Papers set at the Examination for Leaving Certificates, 1891
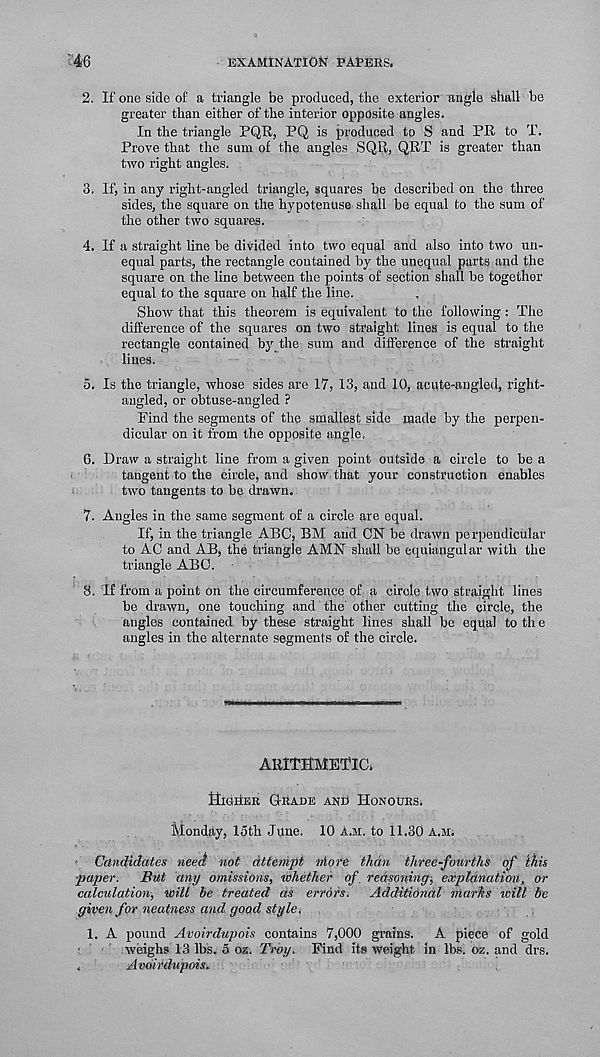
46
EXAMINATION PAPERS.
2. If one side of a triangle be produced, the exterior angle shall be
greater than either of the interior opposite angles.
In the triangle PQR, PQ is produced to S and PR to T.
Prove that the sum of the angles SQR, QRT is greater than
two right angles.
3. If, in any right-angled triangle, squares be described on the three
sides, the square on the hypotenuse shall be equal to the sum of
the other two squares.
4. If a straight line be divided into two equal and also into two un-
equal parts, the rectangle contained by the unequal parts and the
square on the line between the points of section shall be together
equal to the square on half the line.
Show that this theorem is equivalent to the following: The
difference of the squares on two straight lines is equal to the
rectangle contained by the sum and difference of the straight
lines.
5. Is the triangle, whose sides are 17, 13, and 10, acute-angled, right-
angled, or obtuse-angled ?
Find the segments of the smallest side made by the perpen-
dicular on it from the opposite angle.
6. Draw a straight line from a given point outside a circle to be a
tangent to the circle, and show that your construction enables
two tangents to be drawn.
7. Angles in the same segment of a circle are equal.
If, in the triangle ABC, BM and CN be drawn perpendicular
to AC and AB, the triangle AMN shall be equiangular with the
triangle ABC.
8. If from a point on the circumference of a circle two straight lines
be drawn, one touching and the other cutting the circle, the
angles contained by these straight lines shall be equal to th e
angles in the alternate segments of the circle.
ARITHMETIC.
HigiIer Grade and Honours.
Monday, 15th June. 10 a.m. to 11.30 a.m.
Candidates need not attempt niore than three-fourths of this
paper. But any omissions, ivhether of reasoning-, explanation, or
calculation, will be treated as errors. Additional marks icill be
given for neatness and good style.
1. A pound Avoirdupois contains 7,000 grains. A piece of gold
weighs 13 lbs. 5 oz. Troy. Find its weight in lbs. oz. and drs.
Avoirdupois.